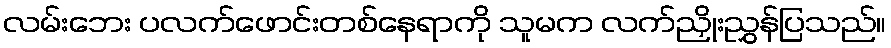
လမ်းဘေး ပလက်ဖောင်းတစ်နေရာကို သူမက လက်ညှိုးညွှန်ပြသည်။